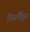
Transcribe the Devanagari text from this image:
डिस्लैंड्रिस